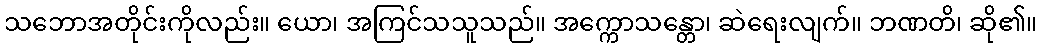
သဘောအတိုင်းကိုလည်း။ ယော၊ အကြင်သသူသည်။ အက္ကောသန္တော၊ ဆဲရေးလျက်။ ဘဏတိ၊ ဆို၏။